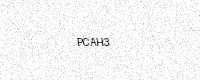
Text: PCAH3